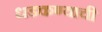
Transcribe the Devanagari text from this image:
धडकण्याची